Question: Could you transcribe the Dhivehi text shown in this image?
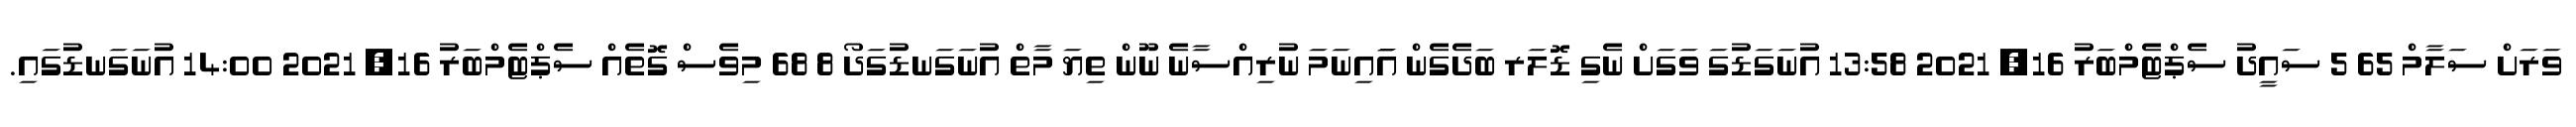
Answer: ވަރަށް ސަލާމް 65 5 ސައީދު ސެޕްޓެމްބަރު 16, 2021 13:58 އުނަގަޑުގަ ވަގަށް ނެގި ޑޮލަރ ބަދެގެން އަައިނަމަ ނުރިއްސާނެ ނޫން ތިޔަ މާތް އުނަގަނޑުގަދޯ 8 68 މިވެސް ގޮތެއް ސެޕްޓެމްބަރު 16, 2021 14:00 އުނަގަނޑުގައި.